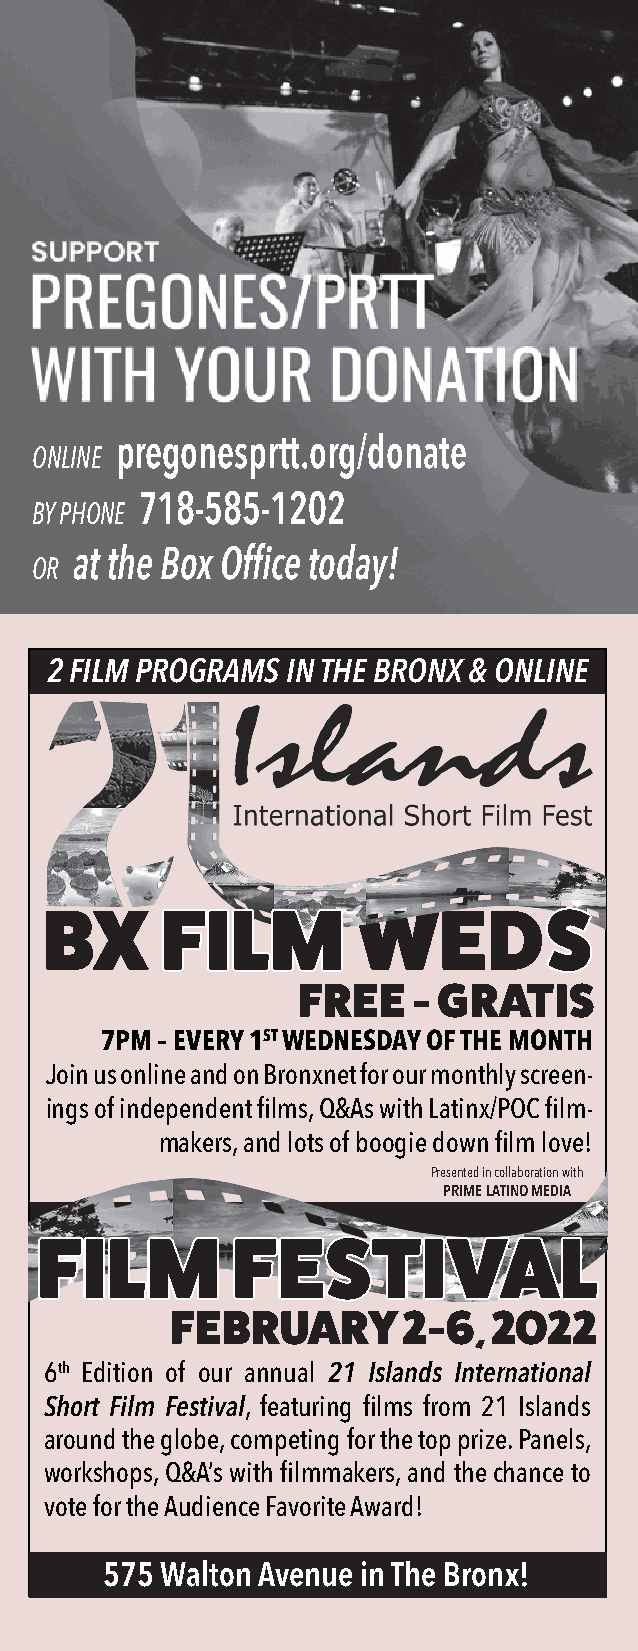
ABOUT THE ARTISTS
 ONLINE pregonesprtt.org/donate
 BY PHONE 718-585-1202
 at the Box Office today!
 OR
 162 FILM PROGRAMS IN THE BRONX & ONLINE
 BX      FFFIIILLLMMM WEDSSS
 FREE   - GRATIS
 7PM – EVERY 1ST WEDNESDAY OF THE MONTH
 Join us online and on Bronxnet for our monthly screen-
 ings of independent films, Q&As with Latinx/POC film-
 makers, and lots of boogie down film love!
 Presented in collaboration with
 PRIME LATINO MEDIA
 FFIILLMM     FFEESSTTIIVVAALL
 FEBRUARY        2-6,  2022
 6th Edition of our annual 21 Islands International
 Short Film Festival, featuring films from 21 Islands
 around the globe, competing for the top prize. Panels,
 workshops, Q&A’s with filmmakers, and the chance to
 vote for the Audience Favorite Award!
 575 Walton Avenue in The Bronx!